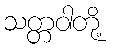
သတ္တဝါတို့